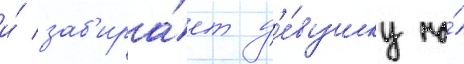
и́ заб'ира́ет д'е́вушку на́